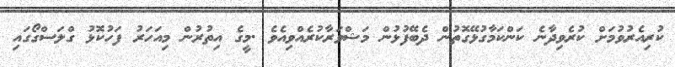
ކުރިއެރުވުމަށް ކުރެވިދާނެ ކަންކަމާގުޅޭގޮތުން ދެބޭފުޅުން މަޝްވަރާކުރެއްވިއެވެ .މީގެ އިތުރުން މިއަހަރު ފަހުކޮޅު ގްލަސްގޯގައި